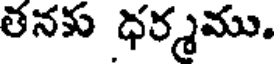
తనకు ధర్మము.